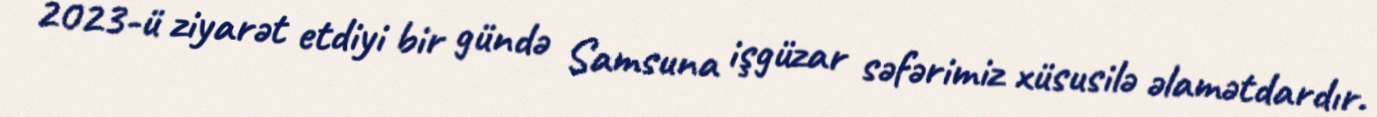
2023-ü ziyarət etdiyi bir gündə Samsuna işgüzar səfərimiz xüsusilə əlamətdardır.